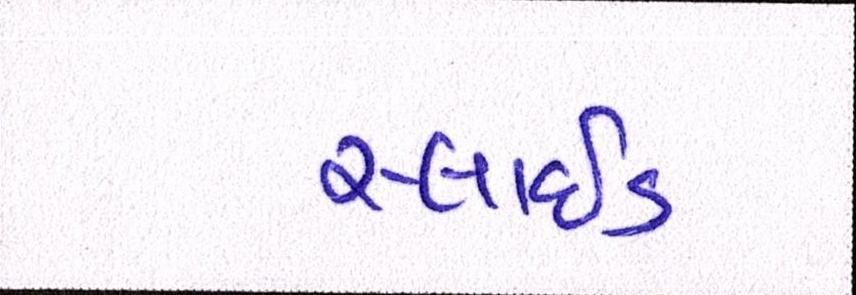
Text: સ્લાઇડ